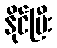
နိုင်ပြီး